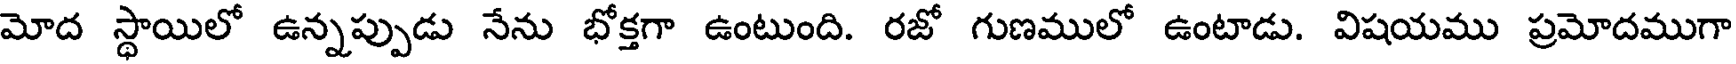
మోద స్థాయిలో ఉన్నప్పుడు నేను భోక్తగా ఉంటుంది. రజో గుణములో ఉంటాడు. విషయము ప్రమోదముగా